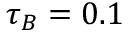
\tau _ { B } = 0 . 1